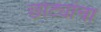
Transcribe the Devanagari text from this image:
छोट्यांचा